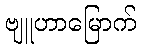
ဗျူဟာမြောက်